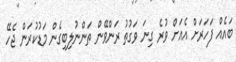
ބައެއް ފަހަރަށް އެއަށް ވުރެ ގިނަ ވަގުތު ރަންވޭން ތަންނުލިބިގެން މަޑުކުރަން ޖެހޭ